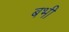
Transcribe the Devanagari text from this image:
बभी